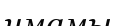
имамы